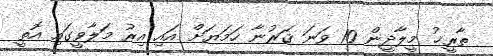
ތާރީޚު މީލާދީން 10 ވަނަ ޤަރުނާ ހަމަޔަށް އައި އިރު މަލާވީގައި އޮތީ